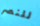
للنصر